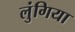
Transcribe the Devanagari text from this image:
लुंगिया